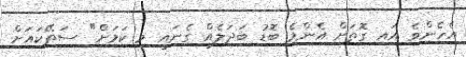
އެހެންވެ އައި ގޮތަށް އެންމެ ބޮޑު ބަދަލެއް ގެނައީ މި ކަމަށް" ސަތޭކައަށް